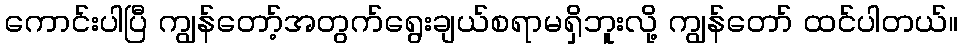
ကောင်းပါပြီ ကျွန်တော့်အတွက်ရွေးချယ်စရာမရှိဘူးလို့ ကျွန်တော် ထင်ပါတယ်။